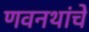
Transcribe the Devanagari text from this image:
णवनथांचे